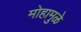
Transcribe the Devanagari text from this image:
मोहामुळे